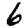
Digit: 6